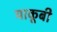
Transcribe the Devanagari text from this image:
याकूबी